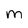
Character: m